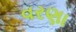
વરણા